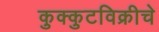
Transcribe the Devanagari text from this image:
कुक्कुटविक्रीचे